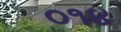
૦૧૪